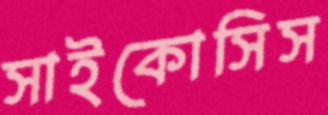
সাইকোসিস